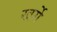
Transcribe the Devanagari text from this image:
खर्गे